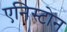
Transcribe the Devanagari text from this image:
एनिस्टोन